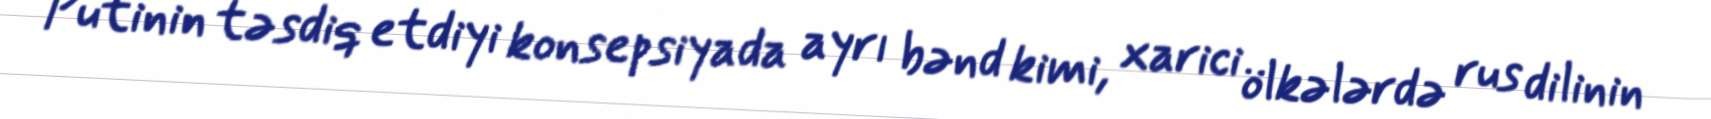
Putinin təsdiq etdiyi konsepsiyada ayrı bənd kimi, xarici ölkələrdə rus dilinin